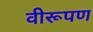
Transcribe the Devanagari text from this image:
वीरूपण